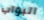
البواب